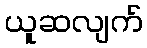
ယူဆလျက်